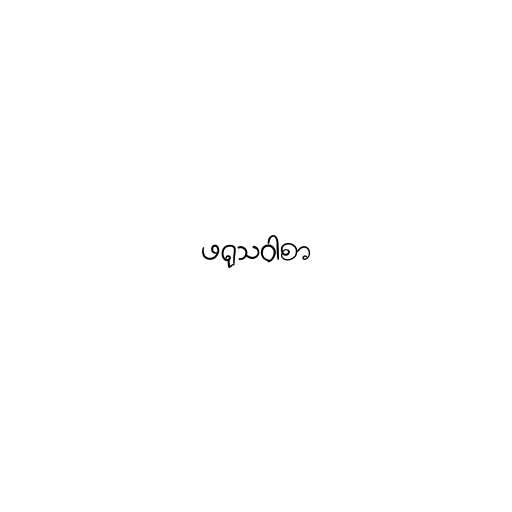
ဖရုသဝါစာ